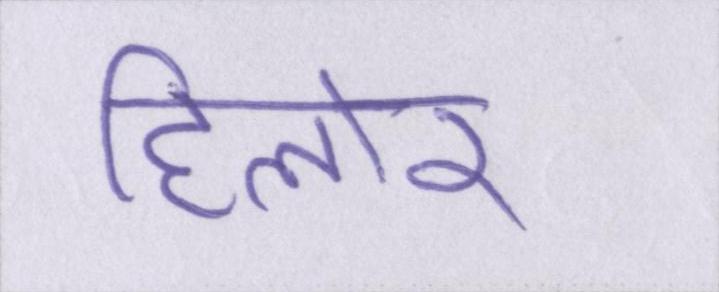
हिलोर